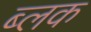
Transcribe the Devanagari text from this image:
ब्लक